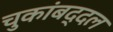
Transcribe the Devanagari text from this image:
चुकांबद्दल